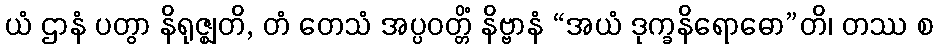
ယံ ဌာနံ ပတွာ နိရုဇ္ဈတိ, တံ တေသံ အပ္ပဝတ္တိံ နိဗ္ဗာနံ “အယံ ဒုက္ခနိရောဓော”တိ၊ တဿ စ